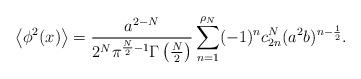
LaTeX: \begin{align*}\left<\phi^2(x)\right> = {a^{2-N}\over{2^N\pi^{\frac N2-1}\Gamma\left(\frac N2\right)}}\sum_{n=1}^{\rho_N}(-1)^nc^N_{2n}(a^2b)^{n-\frac12}.\end{align*}